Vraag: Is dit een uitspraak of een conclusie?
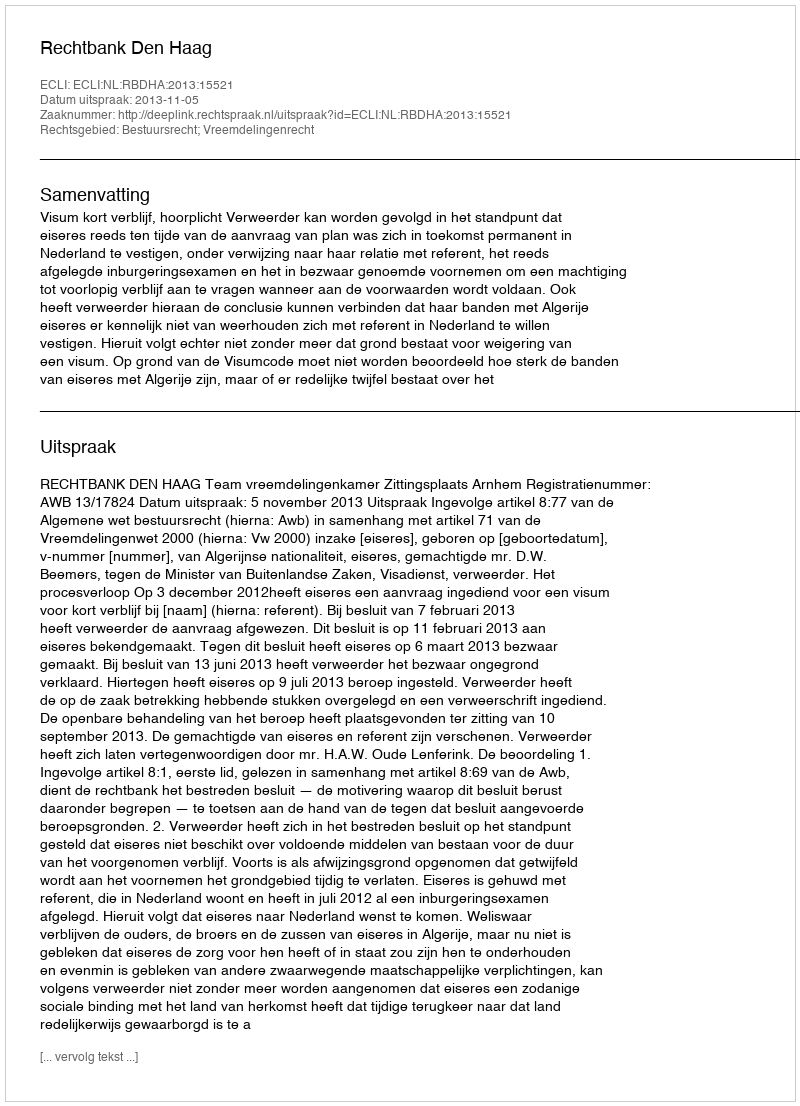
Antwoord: Uitspraak